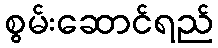
စွမ်းဆောင်ရည်